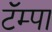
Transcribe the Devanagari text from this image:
टॅम्पा